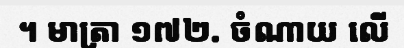
។ មាត្រា ១៧២. ចំណាយ លើ